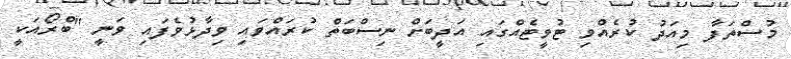
މުސްތަފާ މިއަދު ކުރެއްވި ޓުވީޓެއްގައި އަދީބަށް ނިސްބަތް ކުރައްވައި ވިދާޅުވެފައި ވަނީ "ބްރޯއަކީ